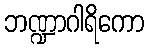
ဘဏ္ဍာဂါရိကော